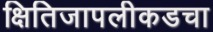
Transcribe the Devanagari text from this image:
क्षितिजापलीकडचा